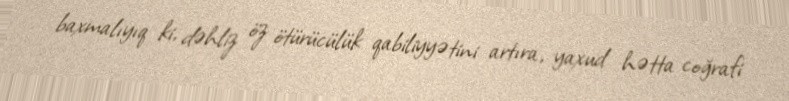
baxmalıyıq ki, dəhliz öz ötürücülük qabiliyyətini artıra, yaxud hətta coğrafi